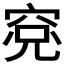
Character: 𱶾